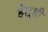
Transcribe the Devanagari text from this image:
हेतूशी